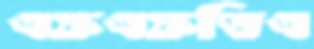
এফএফডিএ